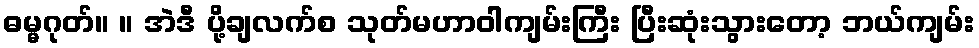
ဓမ္မဂုတ်။ ။ အဲဒီ ပို့ချလက်စ သုတ်မဟာဝါကျမ်းကြီး ပြီးဆုံးသွားတော့ ဘယ်ကျမ်း